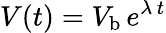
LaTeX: V(t)=V_{\mathrm{b}}\, e^{\lambda\, t}